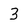
Character: 3